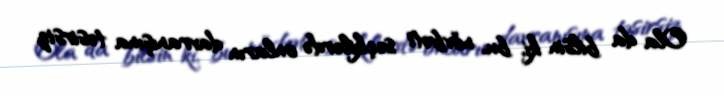
Ola da bilsin ki, bu, növbəti seçkilərdə onların davranışına təsirsiz